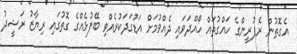
އެގޮތުން ރެފުރީންގެ ހައްގުތައް ހޯއްދަވައި ދެއްވުމަށް އަޑުގަދަކުރެއްވި ބޭފުޅެއްގެ ގޮތުގައި ރިޔާޒު ރަޝީދު